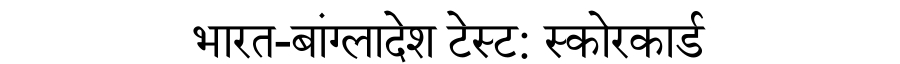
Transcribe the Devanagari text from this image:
भारत-बांग्लादेश टेस्ट: स्कोरकार्ड